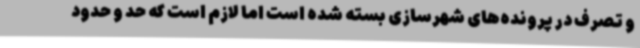
و تصرف در پرونده‌های شهرسازی بسته شده است اما لازم است که حد و حدود